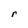
Character: r